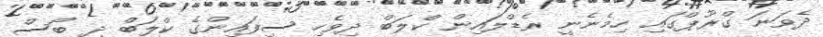
ދެވަނަ ގްރޫޕްގައި ހިމެނެނީ ރެޑްލައިން ކްލަބް ދިވެހި ސިފައިންގެ ކްލަބް ދި ބޯސް